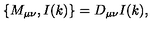
\left\{ M _ { \mu \nu } , I ( k ) \right\} = D _ { \mu \nu } I ( k ) ,